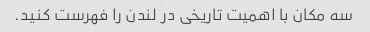
سه مکان با اهمیت تاریخی در لندن را فهرست کنید.